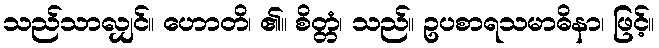
သည်သာလျှင်။ ဟောတိ၊ ၏။ စိတ္တံ၊ သည်။ ဥပစာရသမာဓိနာ၊ ဖြင့်။